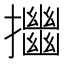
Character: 𢹴